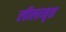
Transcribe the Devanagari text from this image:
लीलामृत